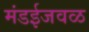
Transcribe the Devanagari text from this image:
मंडईजवळ